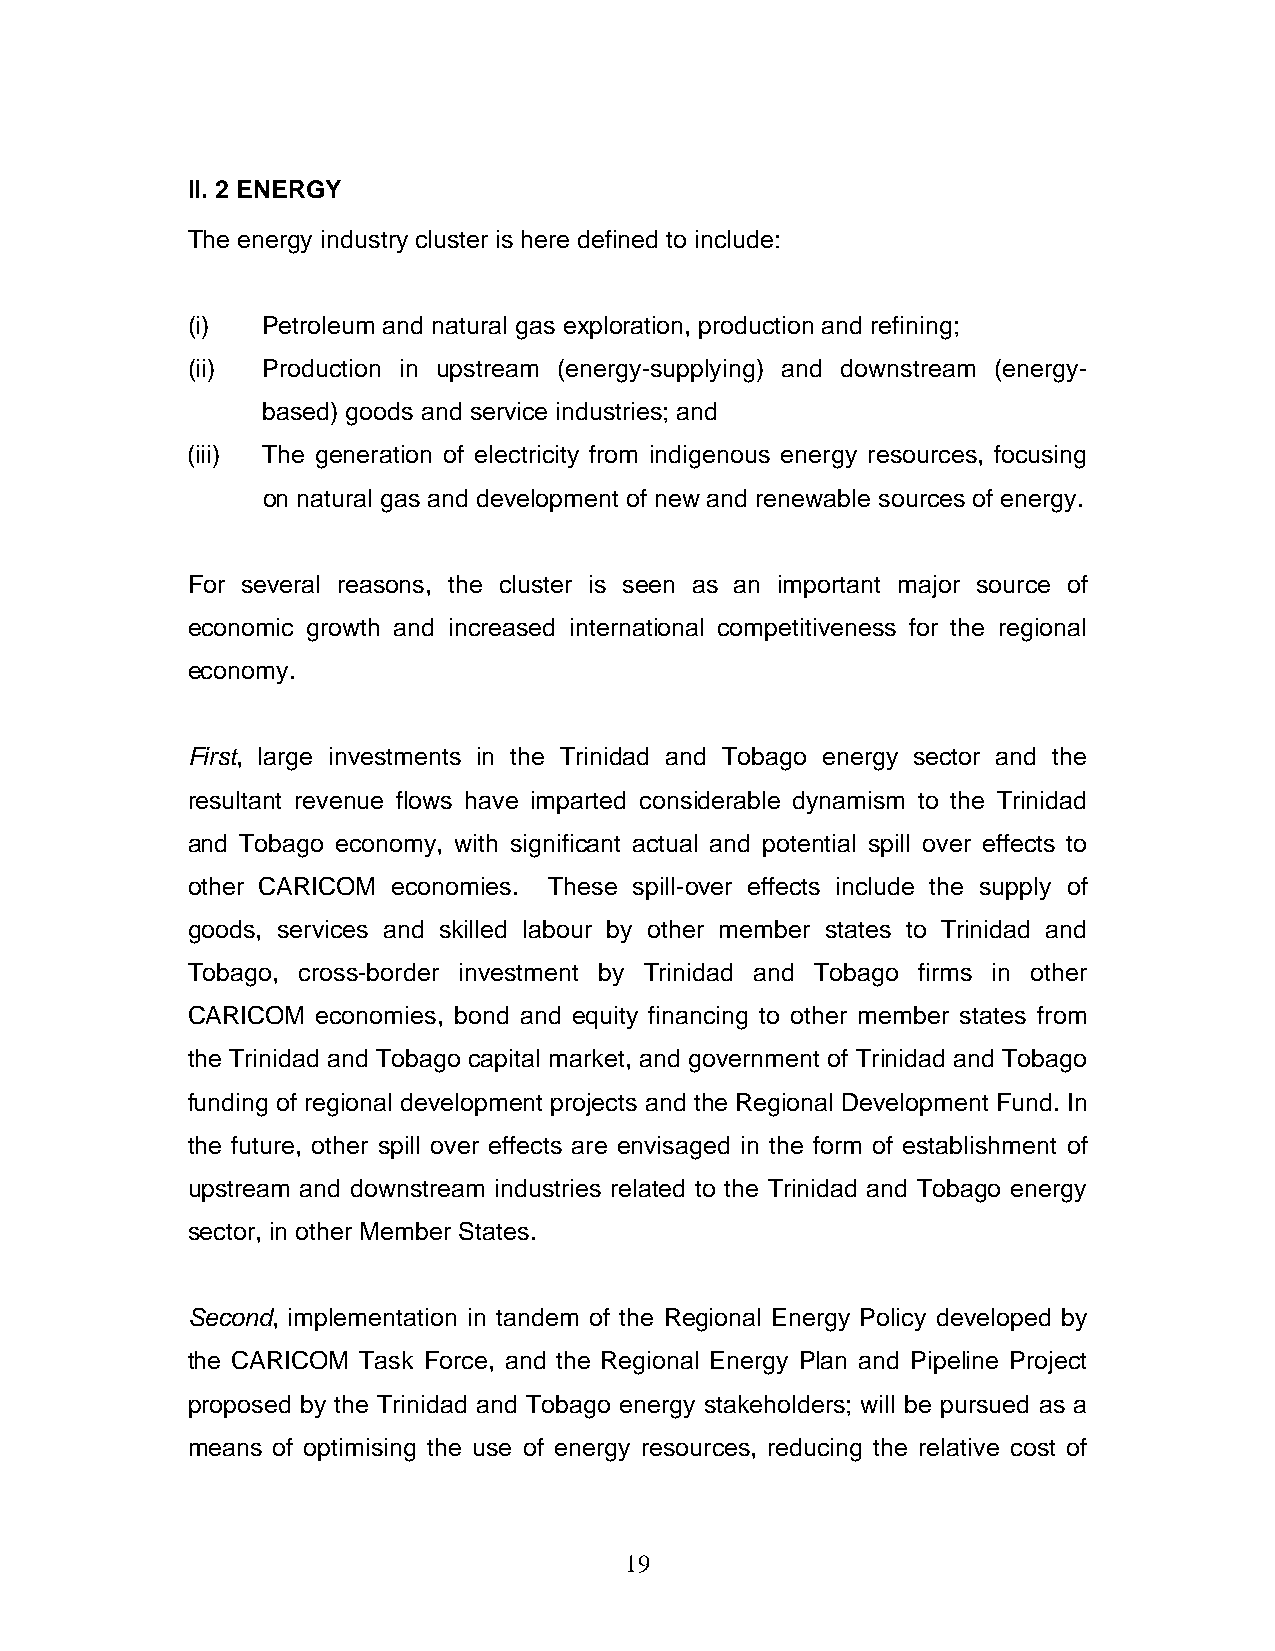
II. 2 ENERGY
 The energy industry cluster is here defined to include:
 (i)  Petroleum and natural gas exploration, production and refining;
 (ii) Production in upstream (energy-supplying) and downstream (energy-
 based) goods and service industries; and
 (iii) The generation of electricity from indigenous energy resources, focusing
 on natural gas and development of new and renewable sources of energy.
 For several reasons, the cluster is seen as an important major source of
 economic growth and increased international competitiveness for the regional
 economy.
 First, large investments in the Trinidad and Tobago energy sector and the
 resultant revenue flows have imparted considerable dynamism to the Trinidad
 and Tobago economy, with significant actual and potential spill over effects to
 other CARICOM economies. These spill-over effects include the supply of
 goods, services and skilled labour by other member states to Trinidad and
 Tobago, cross-border investment by Trinidad and Tobago firms in other
 CARICOM  economies, bond and equity financing to other member states from
 the Trinidad and Tobago capital market, and government of Trinidad and Tobago
 funding of regional development projects and the Regional Development Fund. In
 the future, other spill over effects are envisaged in the form of establishment of
 upstream and downstream industries related to the Trinidad and Tobago energy
 sector, in other Member States.
 Second, implementation in tandem of the Regional Energy Policy developed by
 the CARICOM Task Force, and the Regional Energy Plan and Pipeline Project
 proposed by the Trinidad and Tobago energy stakeholders; will be pursued as a
 means of optimising the use of energy resources, reducing the relative cost of
 19